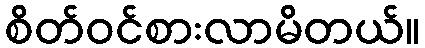
စိတ်ဝင်စားလာမိတယ်။